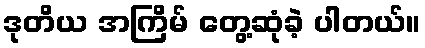
ဒုတိယ အကြိမ် တွေ့ဆုံခဲ့ ပါတယ်။